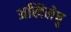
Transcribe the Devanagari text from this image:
अखिलेषु